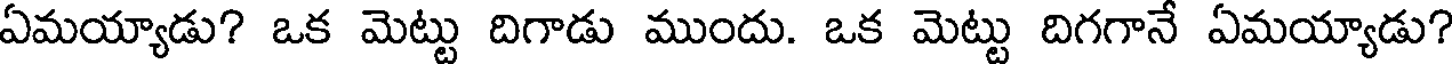
ఏమయ్యాడు? ఒక మెట్టు దిగాడు ముందు. ఒక మెట్టు దిగగానే ఏమయ్యాడు?